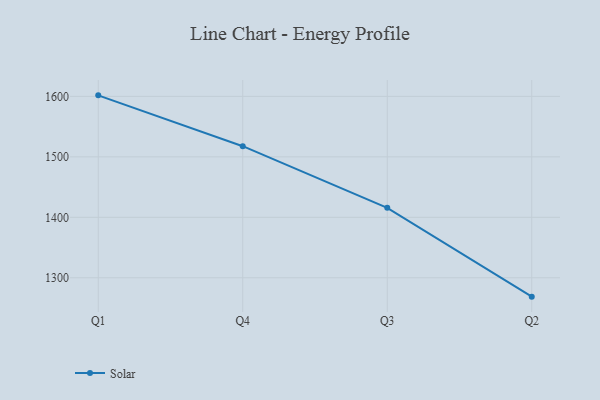
{"axis": {"x": "Quarter", "y": "Headcount"}, "legend": ["Solar"], "data": [{"x": "Q1", "y": 1601.7, "type": "Solar"}, {"x": "Q4", "y": 1517.6, "type": "Solar"}, {"x": "Q3", "y": 1415.7, "type": "Solar"}, {"x": "Q2", "y": 1268.8, "type": "Solar"}]}